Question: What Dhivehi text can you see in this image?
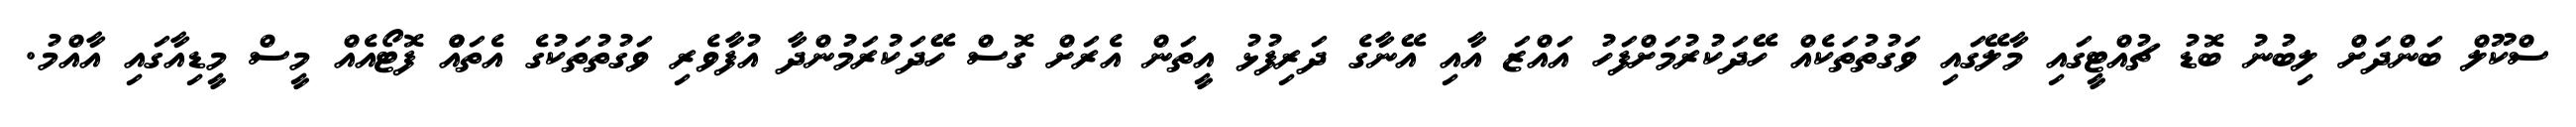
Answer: ސްކޫލް ބަންދަށް ލިބުނު ބޮޑު ޗުއްޓީގައި މާލޭގައި ވަގުތުތަކެއް ހޭދަކުރުމަށްފަހު އައްޒަ އާއި އޭނާގެ ދަރިފުޅު އީތަން އެރަށް ގޮސް ހޭދަކުރަމުންދާ އުފާވެރި ވަގުތުތަކުގެ އެތައްް ފޮޓޯއެއް މީސް މީޑިއާގައި އާއްމު.